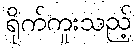
ရိုက်ကူးသည့်